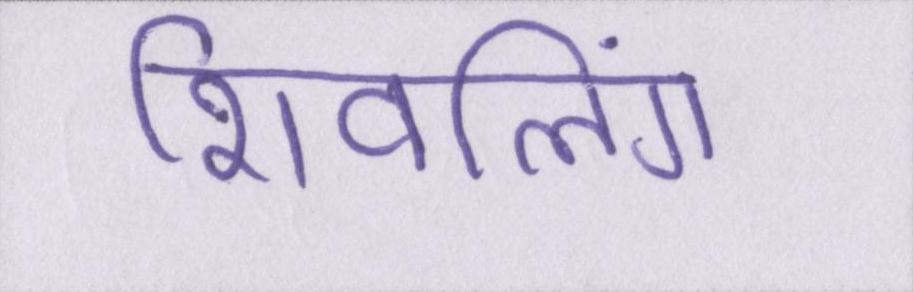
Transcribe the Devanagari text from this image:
शिवलिंग